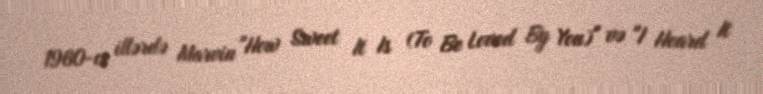
1960-cı illərdə Marvin "How Sweet It Is (To Be Loved By You)" və "I Heard It